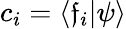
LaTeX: c_{i}=\langle\mathfrak{f}_{i}|\psi\rangle